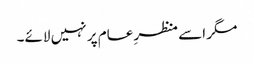
مگر اسے منظرِ عام پر نہیں لائے۔